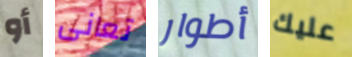
أو تعانى أطوار عليك